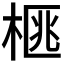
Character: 𭪜